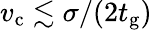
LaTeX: v_{\mathrm{c}}\lesssim\sigma/(2t_{\mathrm{g}})